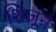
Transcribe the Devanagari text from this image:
शिजून